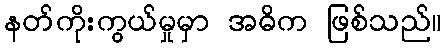
နတ်ကိုးကွယ်မှုမှာ အဓိက ဖြစ်သည်။